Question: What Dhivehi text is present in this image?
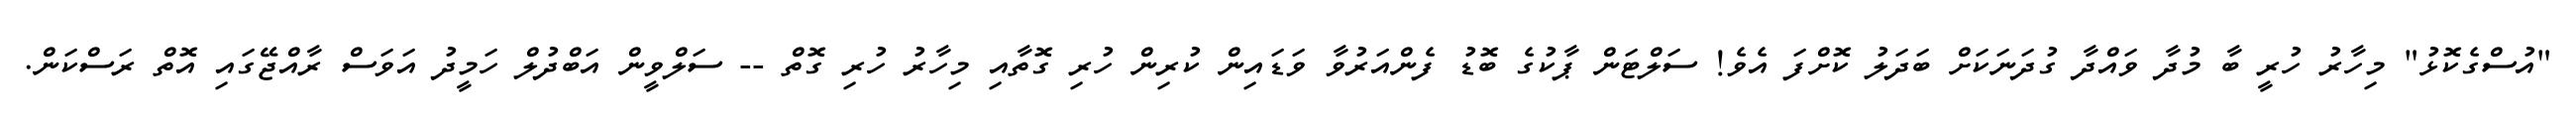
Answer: "އުސްގެކޮޅު" މިހާރު ހުރީ ބާ މުދާ ވައްދާ ގުދަނަކަށް ބަދަލު ކޮށްފަ އެވެ! ސަލްޓަން ޕާކުގެ ބޮޑު ފެންއަރުވާ ވަޑައިން ކުރިން ހުރި ގޮތާއި މިހާރު ހުރި ގޮތް -- ސަލްވީން އަބްދުލް ހަމީދު އަވަސް ރާއްޖޭގައި އޮތް ރަސްކަން.